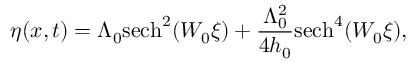
\eta ( x , t ) = \Lambda _ { 0 } \mathrm { s e c h } ^ { 2 } ( W _ { 0 } \xi ) + \frac { \Lambda _ { 0 } ^ { 2 } } { 4 h _ { 0 } } \mathrm { s e c h } ^ { 4 } ( W _ { 0 } \xi ) ,